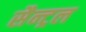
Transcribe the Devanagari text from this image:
सैन्ट्रल